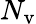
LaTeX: N_{\mathrm{v}}